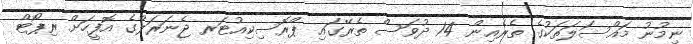
ނިމުނު މައްސަލަތަކުގެ ތެރެއިން 14 ދުވަސް ތެރޭގައި ޕްރޮސިކިއުޓަރ ޖެނަރަލްގެ އޮފީހަށް ރިޕޯޓް